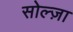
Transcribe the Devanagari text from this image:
सोल्ज़ा